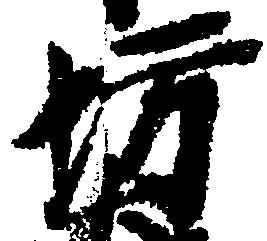
坊